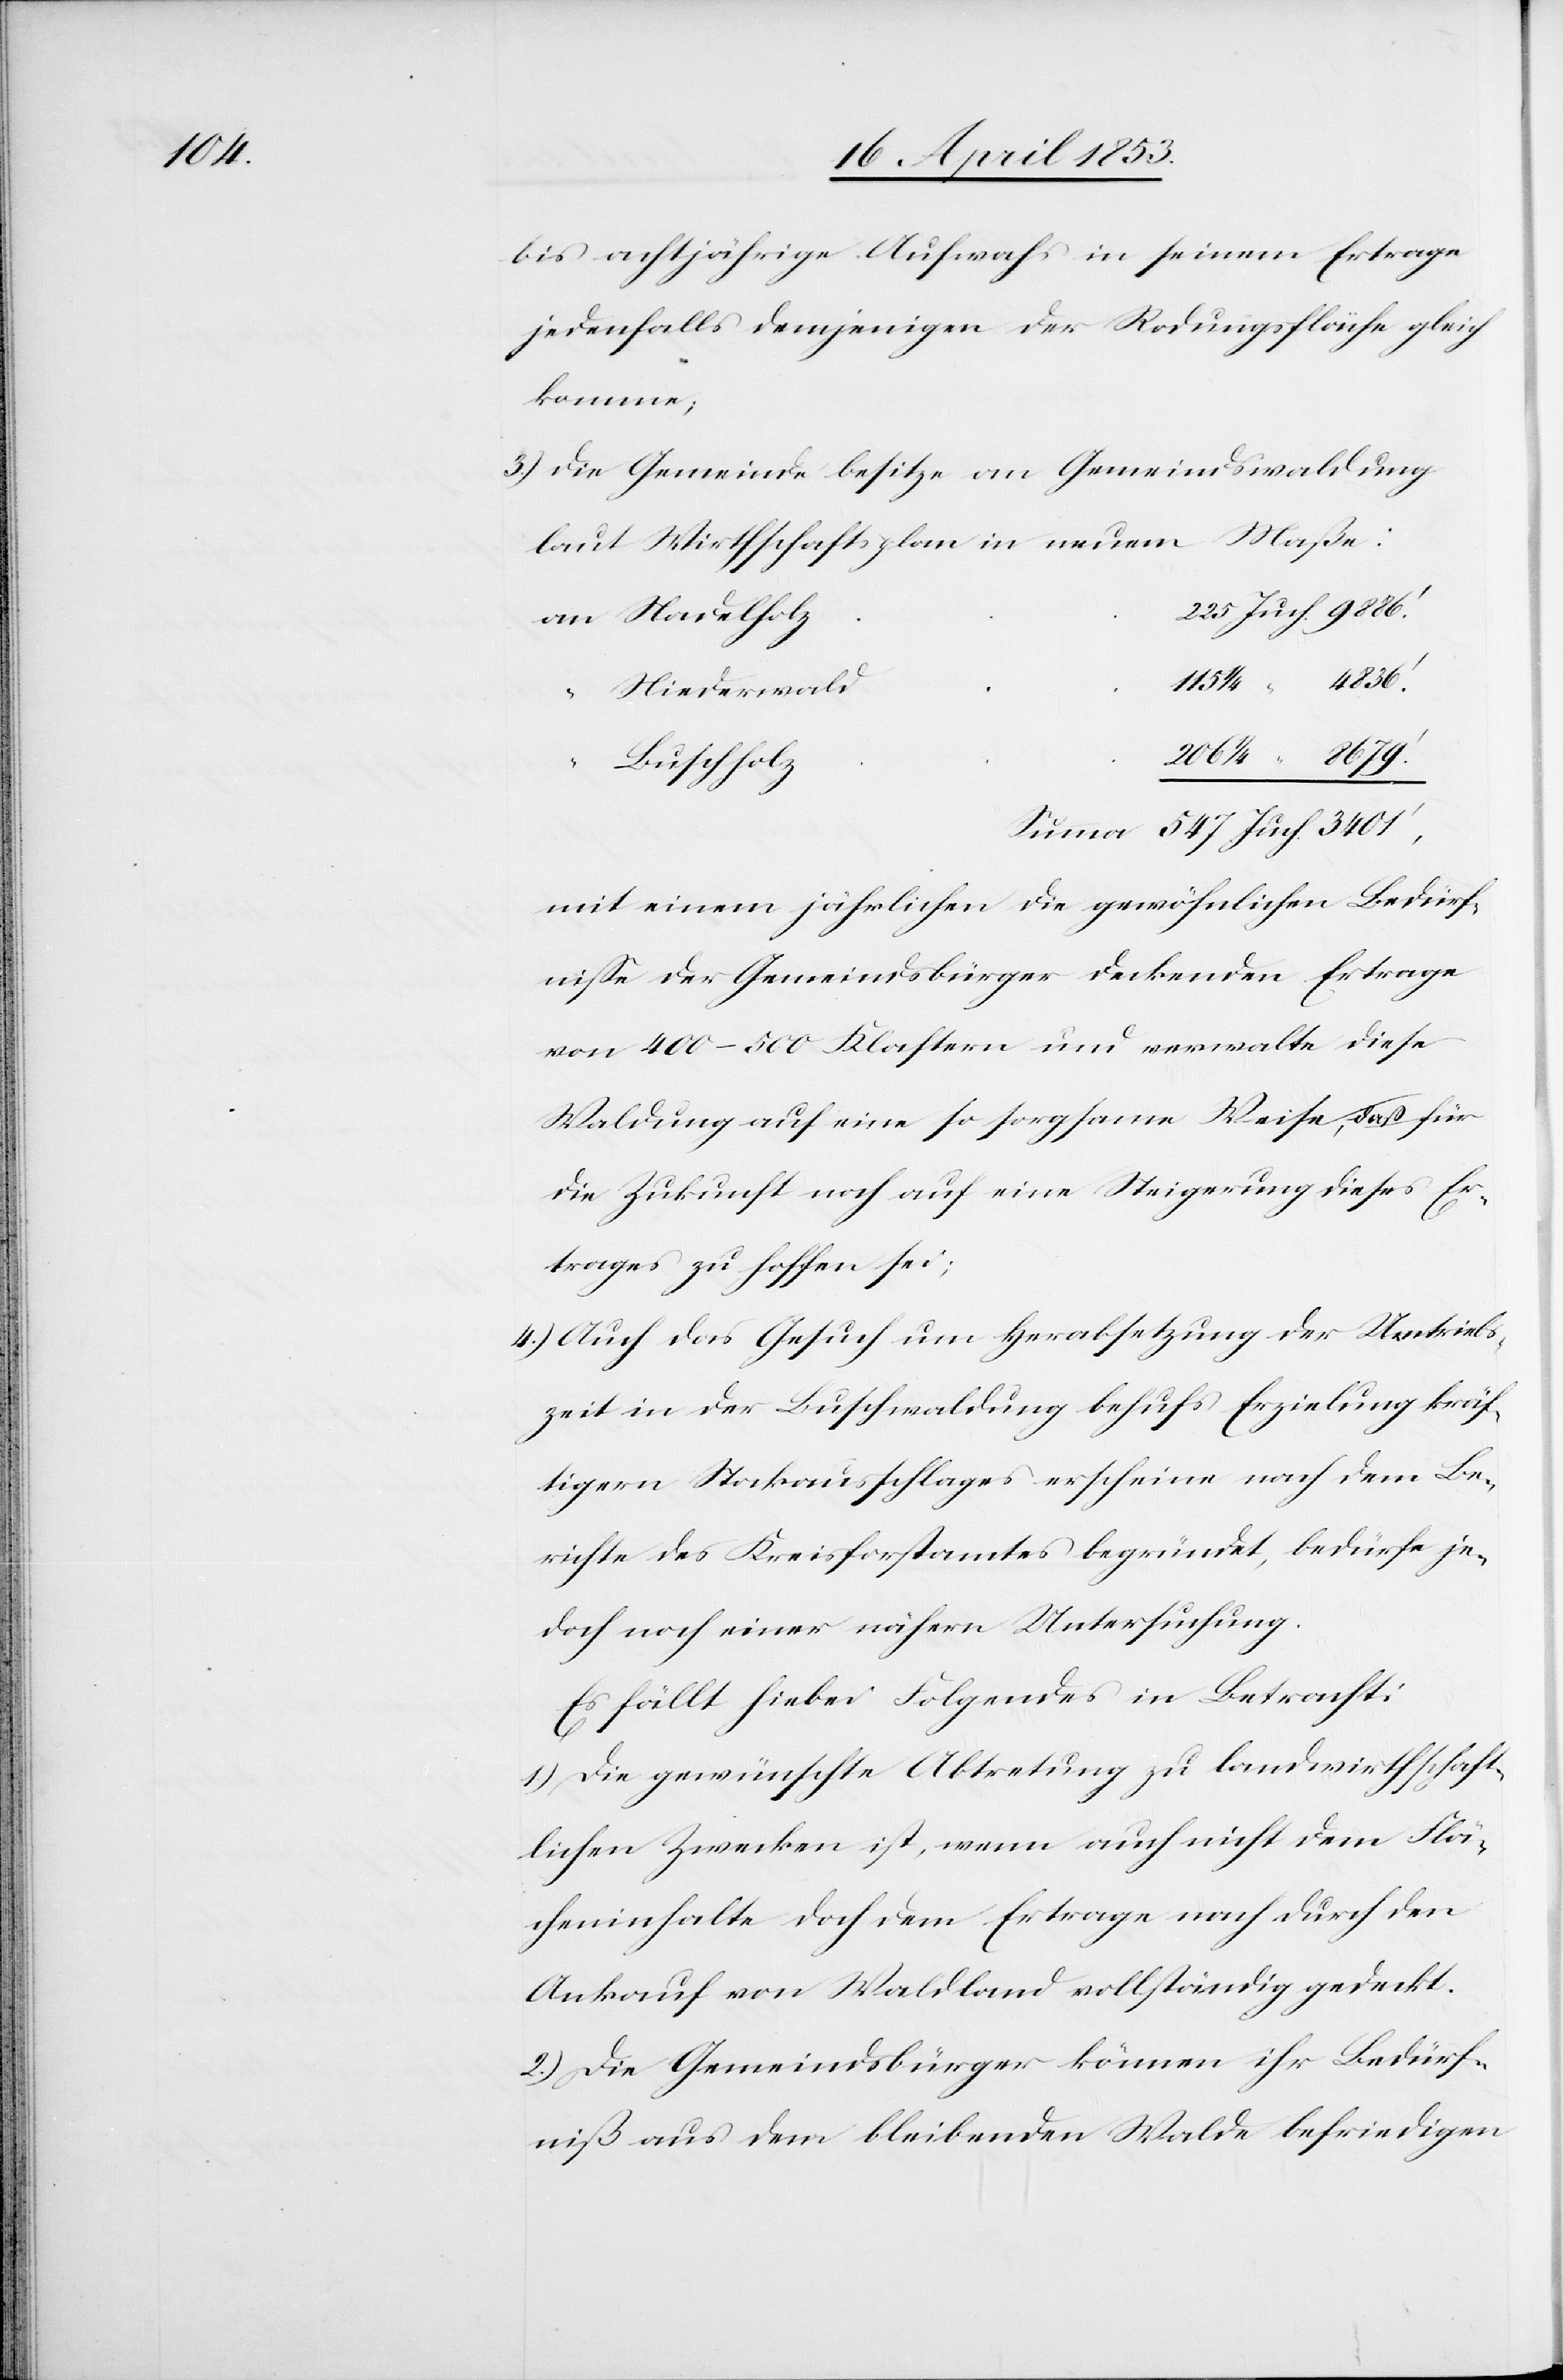
bis achtjährige Aufwahs [sic!] in seinem Ertrage
jedenfalls demjenigen der Rodungsfläche gleich
komme;
3.) Die Gemeinde besitze an Gemeindswaldung
laut Wirthschaftsplan in neuem Maße:
Summa 547 Juch. 	3401’
mit einem jährlichen die gewöhnlichen Bedürf¬
niße der Gemeindsbürger deckenden Ertrage
von 400–500 Klastern und verwalte diese
Waldung auf eine so sorgsame Weise, daß für
die Zukunft noch auf eine Steigerung dieses Er¬
trages zu hoffen sei;
4.) Auch das Gesuch um Herabsetzung der Umtriebs¬
zeit in der Buschwaldung behufs Erzielung kräf¬
tigern Stockausschlages erscheine nach dem Be¬
richte des Kreisforstamtes begründet, bedürfe je¬
doch noch einer nähern Untersuchung.
Es fällt hiebei Folgendes in Betracht:
1) Die gewünschte Abtretung zu landeswirthschaft¬
lichen Zwecken ist, wenn auch nicht dem Flä¬
cheninhalte doch dem Ertrage nach durch den
Ankauf von Waldland vollständig gedeckt.
2) Die Gemeindsbürger können ihr Bedürf¬
niß aus dem bleibenden Walde befriedigen